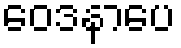
ဝေဒနာပေ